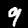
Label: 9